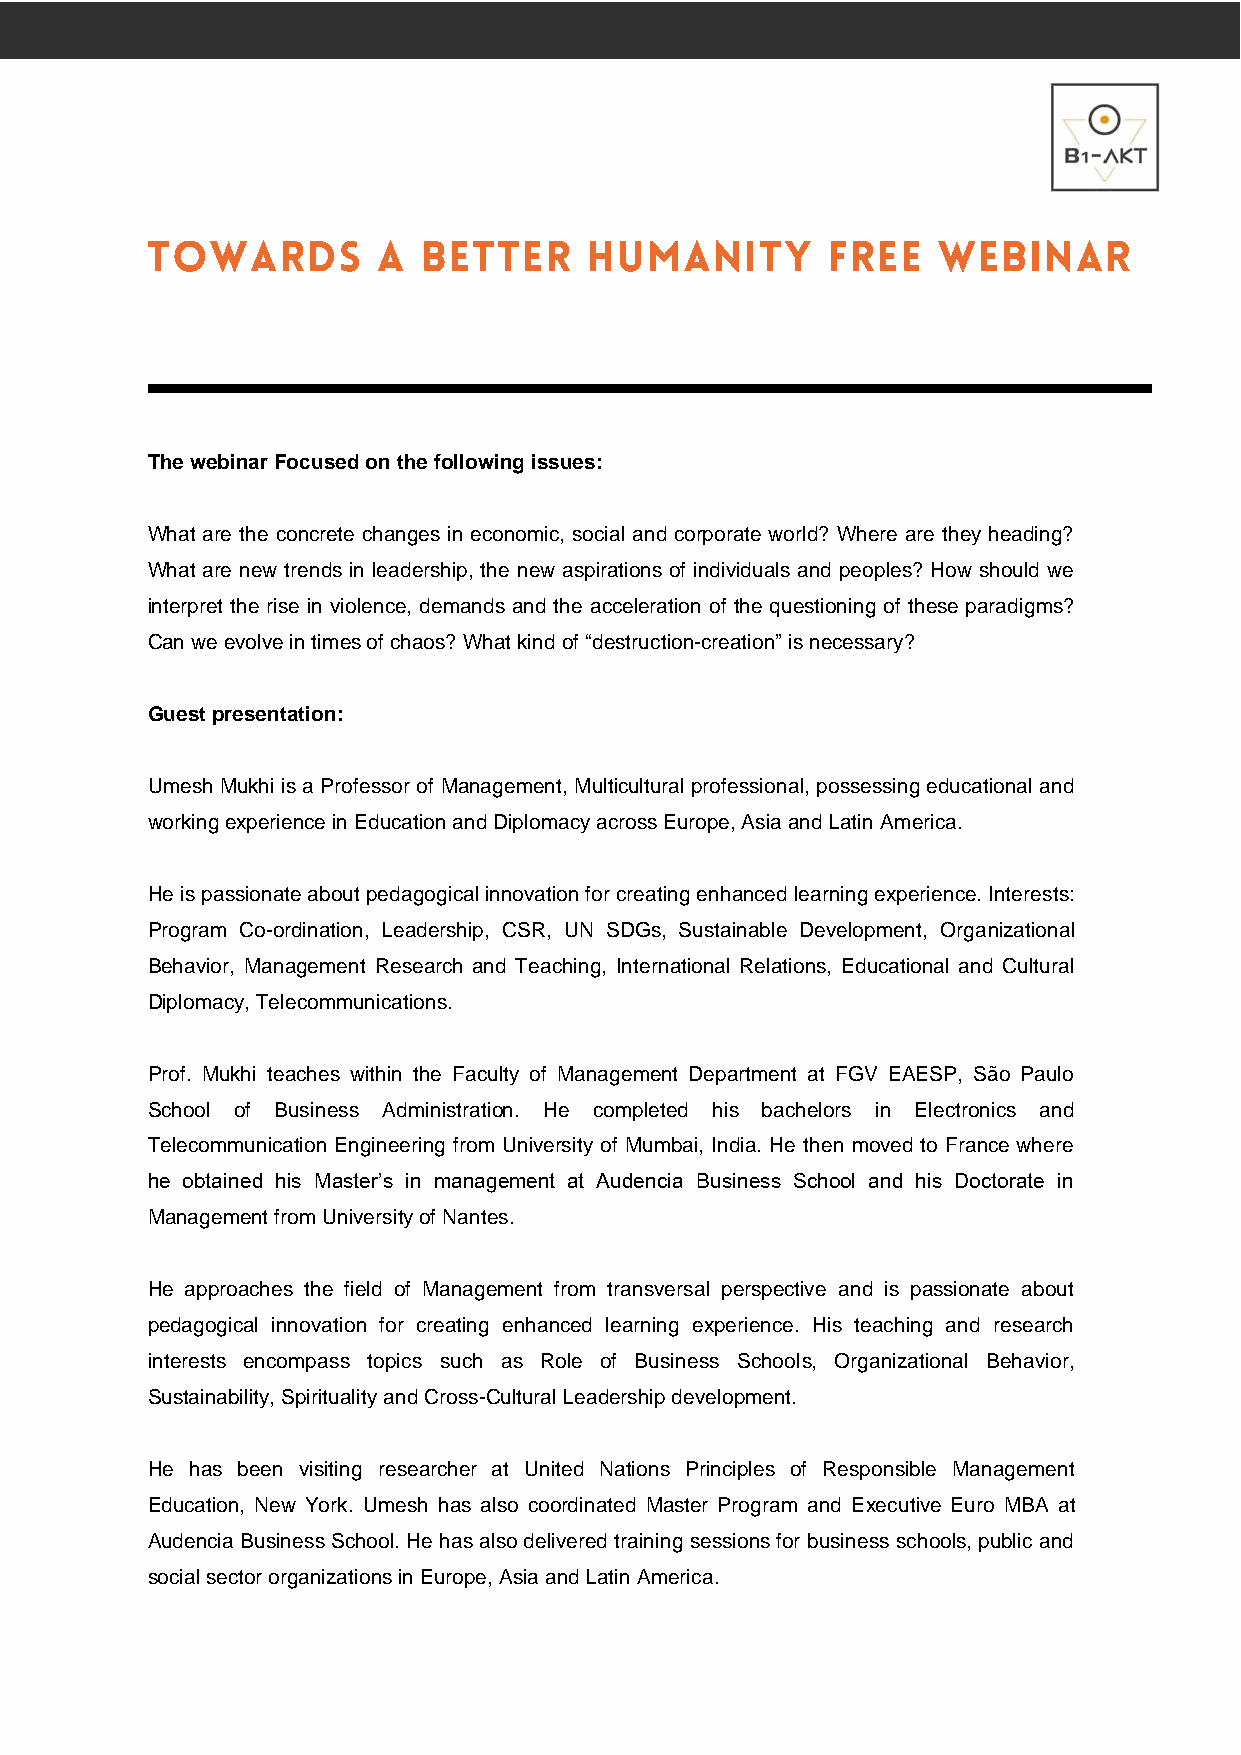
The webinar Focused on the following issues:
 What are the concrete changes in economic, social and corporate world? Where are they heading?
 What are new trends in leadership, the new aspirations of individuals and peoples? How should we
 interpret the rise in violence, demands and the acceleration of the questioning of these paradigms?
 Can we evolve in times of chaos? What kind of “destruction-creation” is necessary?
 Guest presentation:
 Umesh Mukhi is a Professor of Management, Multicultural professional, possessing educational and
 working experience in Education and Diplomacy across Europe, Asia and Latin America.
 He is passionate about pedagogical innovation for creating enhanced learning experience. Interests:
 Program Co-ordination, Leadership, CSR, UN SDGs, Sustainable Development, Organizational
 Behavior, Management Research and Teaching, International Relations, Educational and Cultural
 Diplomacy, Telecommunications.
 Prof. Mukhi teaches within the Faculty of Management Department at FGV EAESP, São Paulo
 School of Business Administration. He completed his bachelors in Electronics and
 Telecommunication Engineering from University of Mumbai, India. He then moved to France where
 he obtained his Master’s in management at Audencia Business School and his Doctorate in
 Management from University of Nantes.
 He approaches the field of Management from transversal perspective and is passionate about
 pedagogical innovation for creating enhanced learning experience. His teaching and research
 interests encompass topics such as Role of Business Schools, Organizational Behavior,
 Sustainability, Spirituality and Cross-Cultural Leadership development.
 He has been visiting researcher at United Nations Principles of Responsible Management
 Education, New York. Umesh has also coordinated Master Program and Executive Euro MBA at
 Audencia Business School. He has also delivered training sessions for business schools, public and
 social sector organizations in Europe, Asia and Latin America.